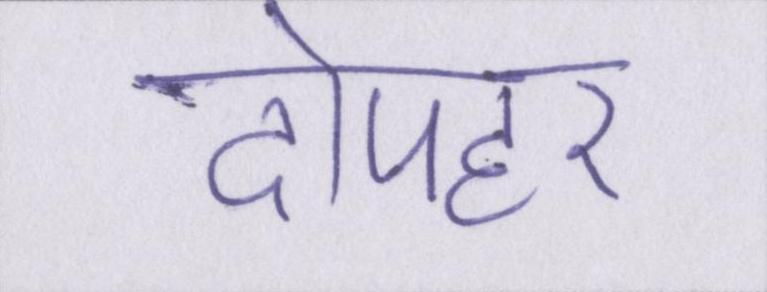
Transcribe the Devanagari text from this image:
दोपहर